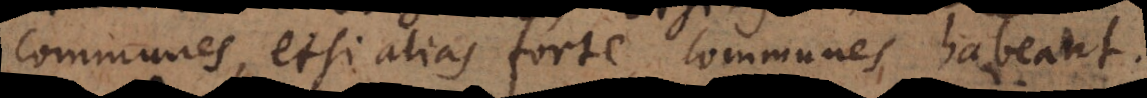
communes, etsi alias forte communes habeant.